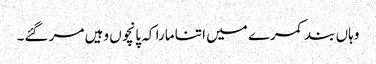
وہاں بند کمرے میں اتنا مارا کہ پانچوں وہیں مر گئے۔